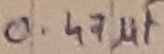
Text: 0.47µF